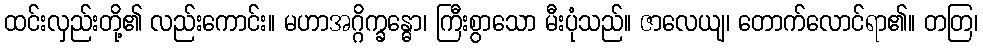
ထင်းလှည်းတို့၏ လည်းကောင်း။ မဟာအဂ္ဂိက္ခန္ဓော၊ ကြီးစွာသော မီးပုံသည်။ ဇာလေယျ၊ တောက်လောင်ရာ၏။ တတြ၊